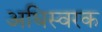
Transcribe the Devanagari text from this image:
अधिस्वरक